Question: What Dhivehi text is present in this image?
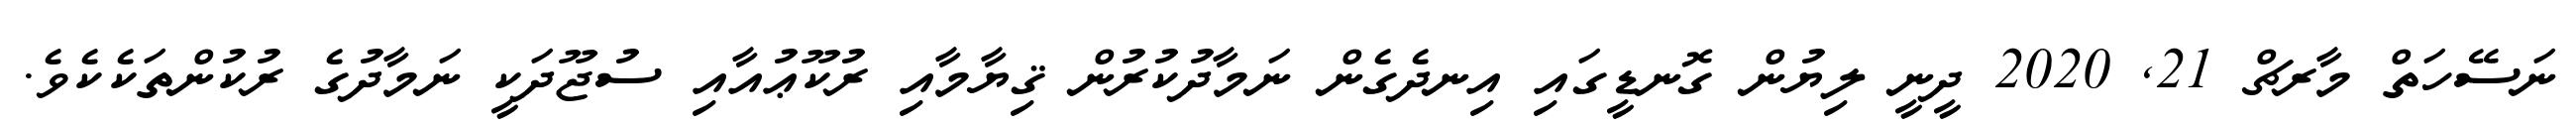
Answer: ނަސޭހަތް މާރޗް 21, 2020 ދީނީ ލިޔުން ގޮނޑީގައި އިނދެގެން ނަމާދުކުރުން ޤިޔާމާއި ރުކޫޢުއާއި ސުޖޫދަކީ ނަމާދުގެ ރުކުންތަކެކެވެ.